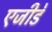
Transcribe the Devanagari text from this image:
एजीडे